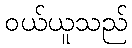
ဝယ်ယူသည်